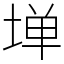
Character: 𫮃